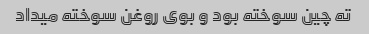
ته چین سوخته بود و بوی روغن سوخته میداد